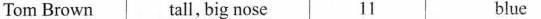
Tom Brown tall, big nose 11 blue